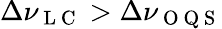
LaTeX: \Delta\nu_{\mathrm{~L~C~}}>\Delta\nu_{\mathrm{~O~Q~S~}}